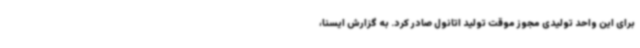
برای این واحد تولیدی مجوز موقت تولید اتانول صادر کرد. به گزارش ایسنا،